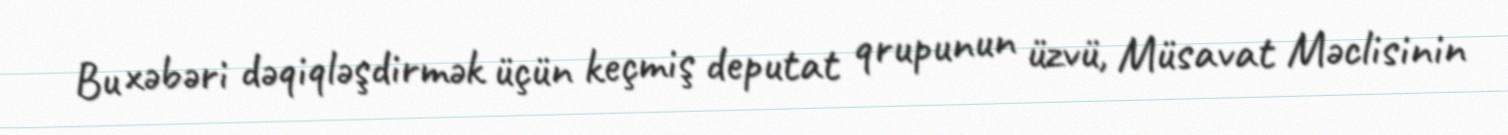
Bu xəbəri dəqiqləşdirmək üçün keçmiş deputat qrupunun üzvü, Müsavat Məclisinin